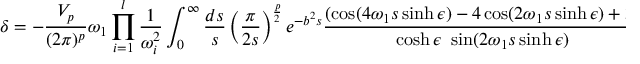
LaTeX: \delta = - \frac { V _ { p } } { ( 2 \pi ) ^ { p } } \omega _ { 1 } \prod _ { i = 1 } ^ { l } \frac { 1 } { \omega _ { i } ^ { 2 } } \int _ { 0 } ^ { \infty } \frac { d s } { s } \left( \frac { \pi } { 2 s } \right) ^ { \frac { p } { 2 } } e ^ { - b ^ { 2 } s } \frac { ( \cos ( 4 \omega _ { 1 } s \sinh \epsilon ) - 4 \cos ( 2 \omega _ { 1 } s \sinh \epsilon ) + 3 ) } { \cosh \epsilon ~ \sin ( 2 \omega _ { 1 } s \sinh \epsilon ) }